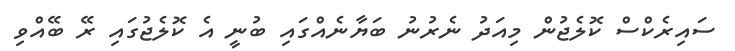
ސައިރެކްސް ކޮލެޖުން މިއަދު ނެރުނު ބަޔާނެއްގައި ބުނީ އެ ކޮލެޖުގައި ރޭ ބޭއްވި